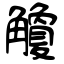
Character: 觼